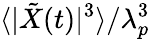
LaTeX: \langle|\tilde{X}(t)|^{3}\rangle/\lambda_{p}^{3}